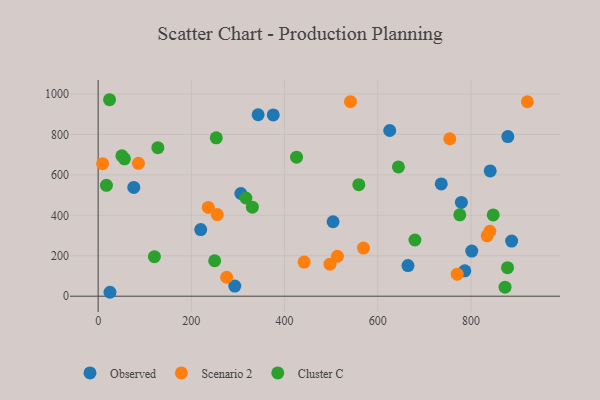
{"axis": {"x": "Speed", "y": "Demand"}, "legend": ["Cluster C", "Observed", "Scenario 2"], "data": [{"x": "76.5", "y": 537.8, "type": "Observed"}, {"x": "736.2", "y": 555.1, "type": "Observed"}, {"x": "664.8", "y": 151.4, "type": "Observed"}, {"x": "841.3", "y": 619.3, "type": "Observed"}, {"x": "887.2", "y": 272.8, "type": "Observed"}, {"x": "220.1", "y": 329.3, "type": "Observed"}, {"x": "375.7", "y": 896.4, "type": "Observed"}, {"x": "625.6", "y": 819.3, "type": "Observed"}, {"x": "504.1", "y": 368.2, "type": "Observed"}, {"x": "779.4", "y": 463.7, "type": "Observed"}, {"x": "786.7", "y": 125.3, "type": "Observed"}, {"x": "306.2", "y": 507.8, "type": "Observed"}, {"x": "293.2", "y": 50.2, "type": "Observed"}, {"x": "25.4", "y": 19.4, "type": "Observed"}, {"x": "801.7", "y": 223.1, "type": "Observed"}, {"x": "879.1", "y": 789.2, "type": "Observed"}, {"x": "343.3", "y": 897.3, "type": "Observed"}, {"x": "441.9", "y": 168.9, "type": "Scenario 2"}, {"x": "255.6", "y": 403.4, "type": "Scenario 2"}, {"x": "840.5", "y": 321.1, "type": "Scenario 2"}, {"x": "541.4", "y": 962.0, "type": "Scenario 2"}, {"x": "513.4", "y": 197.4, "type": "Scenario 2"}, {"x": "275.7", "y": 93.7, "type": "Scenario 2"}, {"x": "86.5", "y": 657.1, "type": "Scenario 2"}, {"x": "754.5", "y": 778.6, "type": "Scenario 2"}, {"x": "236.3", "y": 439.2, "type": "Scenario 2"}, {"x": "497.4", "y": 158.4, "type": "Scenario 2"}, {"x": "9.6", "y": 655.4, "type": "Scenario 2"}, {"x": "921.0", "y": 961.5, "type": "Scenario 2"}, {"x": "569.4", "y": 237.8, "type": "Scenario 2"}, {"x": "834.6", "y": 298.4, "type": "Scenario 2"}, {"x": "770.4", "y": 108.9, "type": "Scenario 2"}, {"x": "253.4", "y": 782.9, "type": "Cluster C"}, {"x": "425.7", "y": 687.4, "type": "Cluster C"}, {"x": "120.7", "y": 195.2, "type": "Cluster C"}, {"x": "559.3", "y": 551.3, "type": "Cluster C"}, {"x": "50.9", "y": 694.5, "type": "Cluster C"}, {"x": "776.0", "y": 402.6, "type": "Cluster C"}, {"x": "24.5", "y": 971.5, "type": "Cluster C"}, {"x": "873.1", "y": 44.4, "type": "Cluster C"}, {"x": "317.0", "y": 485.5, "type": "Cluster C"}, {"x": "644.3", "y": 639.1, "type": "Cluster C"}, {"x": "128.1", "y": 734.5, "type": "Cluster C"}, {"x": "878.4", "y": 141.2, "type": "Cluster C"}, {"x": "250.0", "y": 175.4, "type": "Cluster C"}, {"x": "56.4", "y": 679.2, "type": "Cluster C"}, {"x": "17.8", "y": 548.4, "type": "Cluster C"}, {"x": "679.7", "y": 277.9, "type": "Cluster C"}, {"x": "330.9", "y": 440.2, "type": "Cluster C"}, {"x": "847.7", "y": 401.8, "type": "Cluster C"}]}